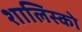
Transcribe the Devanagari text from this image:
शालिस्को